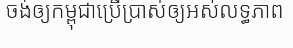
ចង់ឲ្យកម្ពុជាប្រើប្រាស់ឲ្យអស់លទ្ធភាព